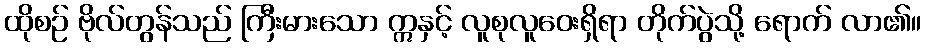
ထိုစဉ် ဗိုလ်တွန်သည် ကြီးမားသော ဣနှင့် လူစုလူဝေးရှိရာ တိုက်ပွဲသို့ ရောက် လာ၏။